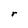
Character: r